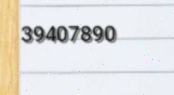
39407890